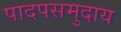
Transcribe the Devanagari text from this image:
पादपसमुदाय